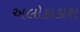
અલોકાકાશ